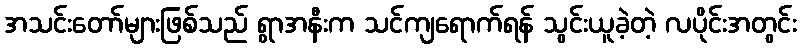
အသင်းတော်များဖြစ်သည် ရွာအနီးက သင်ကျရောက်ရန် သွင်းယူခဲ့တဲ့ လပိုင်းအတွင်း